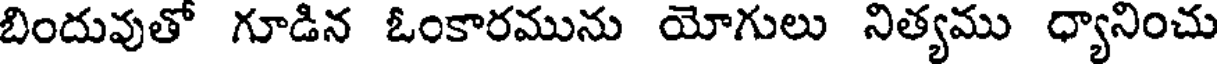
బిందువుతో గూడిన ఓంకారమును యోగులు నిత్యము ధ్యానించు